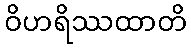
ဝိဟရိဿထာတိ